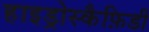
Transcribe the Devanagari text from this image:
हाइड्रोस्कैफ़िडी